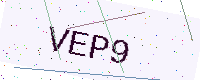
Text: VEP9